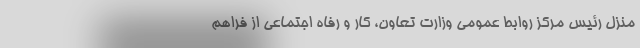
منزل رئیس مرکز روابط عمومی وزارت تعاون، کار و رفاه اجتماعی از فراهم